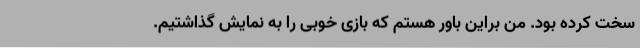
سخت کرده بود. من براین باور هستم که بازی خوبی را به نمایش گذاشتیم.